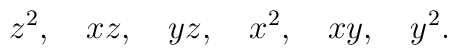
z^2, \quad xz, \quad yz, \quad x^2, \quad xy, \quad y^2.